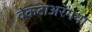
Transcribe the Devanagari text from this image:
वेंकटाअरंगया